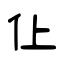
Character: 仩